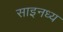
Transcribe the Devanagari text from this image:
साइनध्य